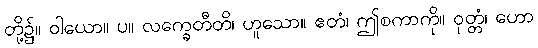
တို့၌။ ဝါယော။ ပ။ လက္ခေတီတိ၊ ဟူသော။ ဧတံ၊ ဤစကာကို။ ဝုတ္တံ၊ ဟော